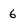
Character: 6